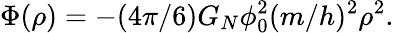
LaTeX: \Phi(\rho)=-(4\pi/6)G_{N}\phi_{0}^{2}(m/h)^{2}\rho^{2}.